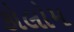
કોલોમ